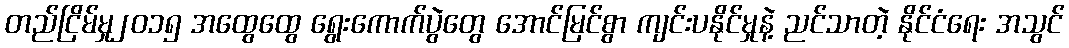
တည်ငြိမ်မှု၂၀၁၅ အထွေထွေ ရွေးကောက်ပွဲတွေ အောင်မြင်စွာ ကျင်းပနိုင်မှုနဲ့ ညင်သာတဲ့ နိုင်ငံရေး အသွင်